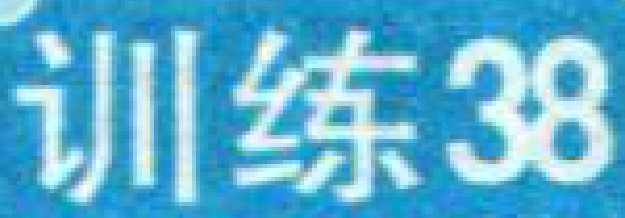
训练38